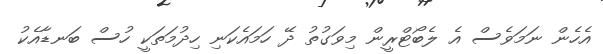
އެހެން ނަމަވެސް އެ ލެބޯޓްރީން މިވަގުތު ދޭ ހަމައެކަނި ހިދުމަތަކީ ހުސް ބަނޑާއެކު